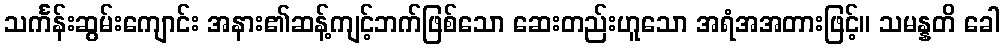
သင်္ကန်းဆွမ်းကျောင်း အနား၏ဆန့်ကျင့်ဘက်ဖြစ်သော ဆေးတည်းဟူသော အရံအအတားဖြင့်။ သမန္နတိ ခေါ